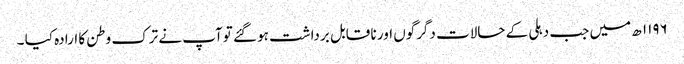
۱۱۹۶ ھ میں جب دہلی کے حالات دگرگوں اور نا قابل برداشت ہو گئے توآپ نے ترک وطن کا ارادہ کیا ۔